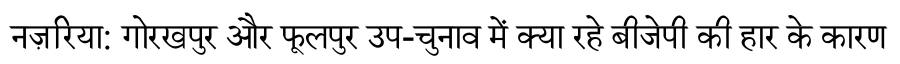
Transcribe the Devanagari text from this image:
नज़रिया: गोरखपुर और फूलपुर उप-चुनाव में क्या रहे बीजेपी की हार के कारण